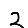
Digit: 2